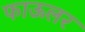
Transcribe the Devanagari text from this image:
फाऊलर